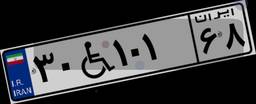
۳۰W۱۰۱۶۸